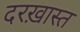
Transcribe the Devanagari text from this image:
दरख़ास्त